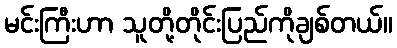
မင်းကြီးဟာ သူတို့တိုင်းပြည်ကိုချစ်တယ်။